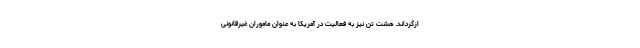
ازگرداند. هشت تن نیز به فعالیت در آمریکا به عنوان ماموران غیرقانونی